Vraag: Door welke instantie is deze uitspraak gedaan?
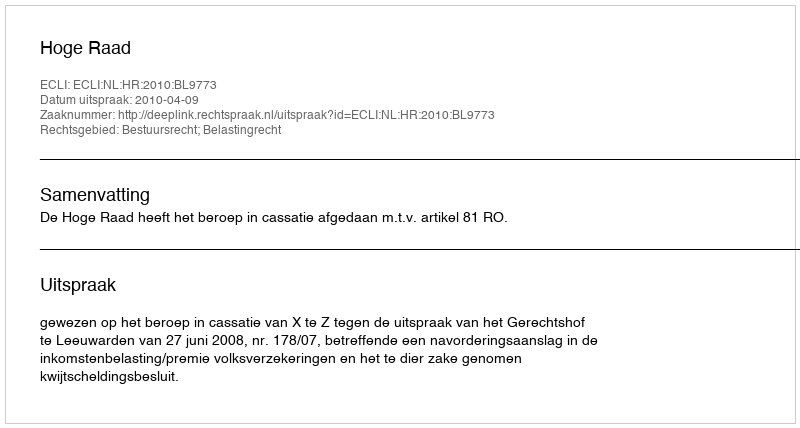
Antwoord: Hoge Raad